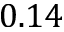
0 . 1 4